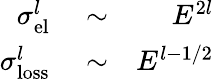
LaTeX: \begin{array}{rlr}{\sigma_{\mathrm{el}}^{l}}&{{}\sim}&{E^{2l}}\\ {\sigma_{\mathrm{loss}}^{l}}&{{}\sim}&{E^{l-1/2}}\end{array}